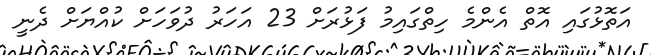
އަތޮޅުގައި އޮތް އެންމެ ހިތްގައިމު ފަޅުރަށް 23 އަހަރު ދުވަހަށް ކުއްޔަށް ދެނީ